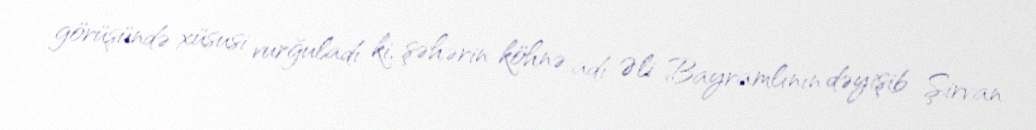
görüşündə xüsusi vurğuladı ki, şəhərin köhnə adı Əli Bayramlının dəyişib Şirvan